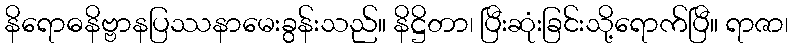
နိရောဓနိဗ္ဗာနပြဿနာမေးခွန်းသည်။ နိဋ္ဌိတာ၊ ပြီးဆုံးခြင်းသို့ရောက်ပြီ။ ရာဇာ၊